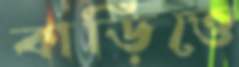
বাড়িত্তে